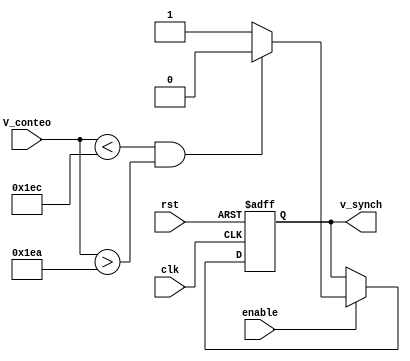
`timescale 1ns / 1ps
//////////////////////////////////////////////////////////////////////////////////
// Company: 
// Engineer: 
// 
// Design Name: 
// Module Name:    FSM_vertical 
// Project Name: 
// Target Devices: 
// Tool versions: 
// Description: 
//
// Dependencies: 
//
// Revision: 
// Revision 0.01 - File Created
// Additional Comments: 
//
//////////////////////////////////////////////////////////////////////////////////
module FSM_vertical
#(parameter DW=10)
(
    input clk,
    input enable,
    input rst,
    input [DW-1:0] V_conteo,
    output reg v_synch
    );


always@(posedge clk or negedge rst)
begin
	if(!rst)
		v_synch <= 1'b0;
	else if(enable)
		    if (( V_conteo < 10'd492 ) && ( V_conteo > 10'd490 )) 
			      v_synch <= 1'b0;
			else
			      v_synch <= 1'b1;
end

endmodule